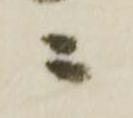
ニ